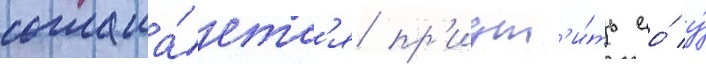
соглаша́етс'я пр'иут'и́ть ео́ у́